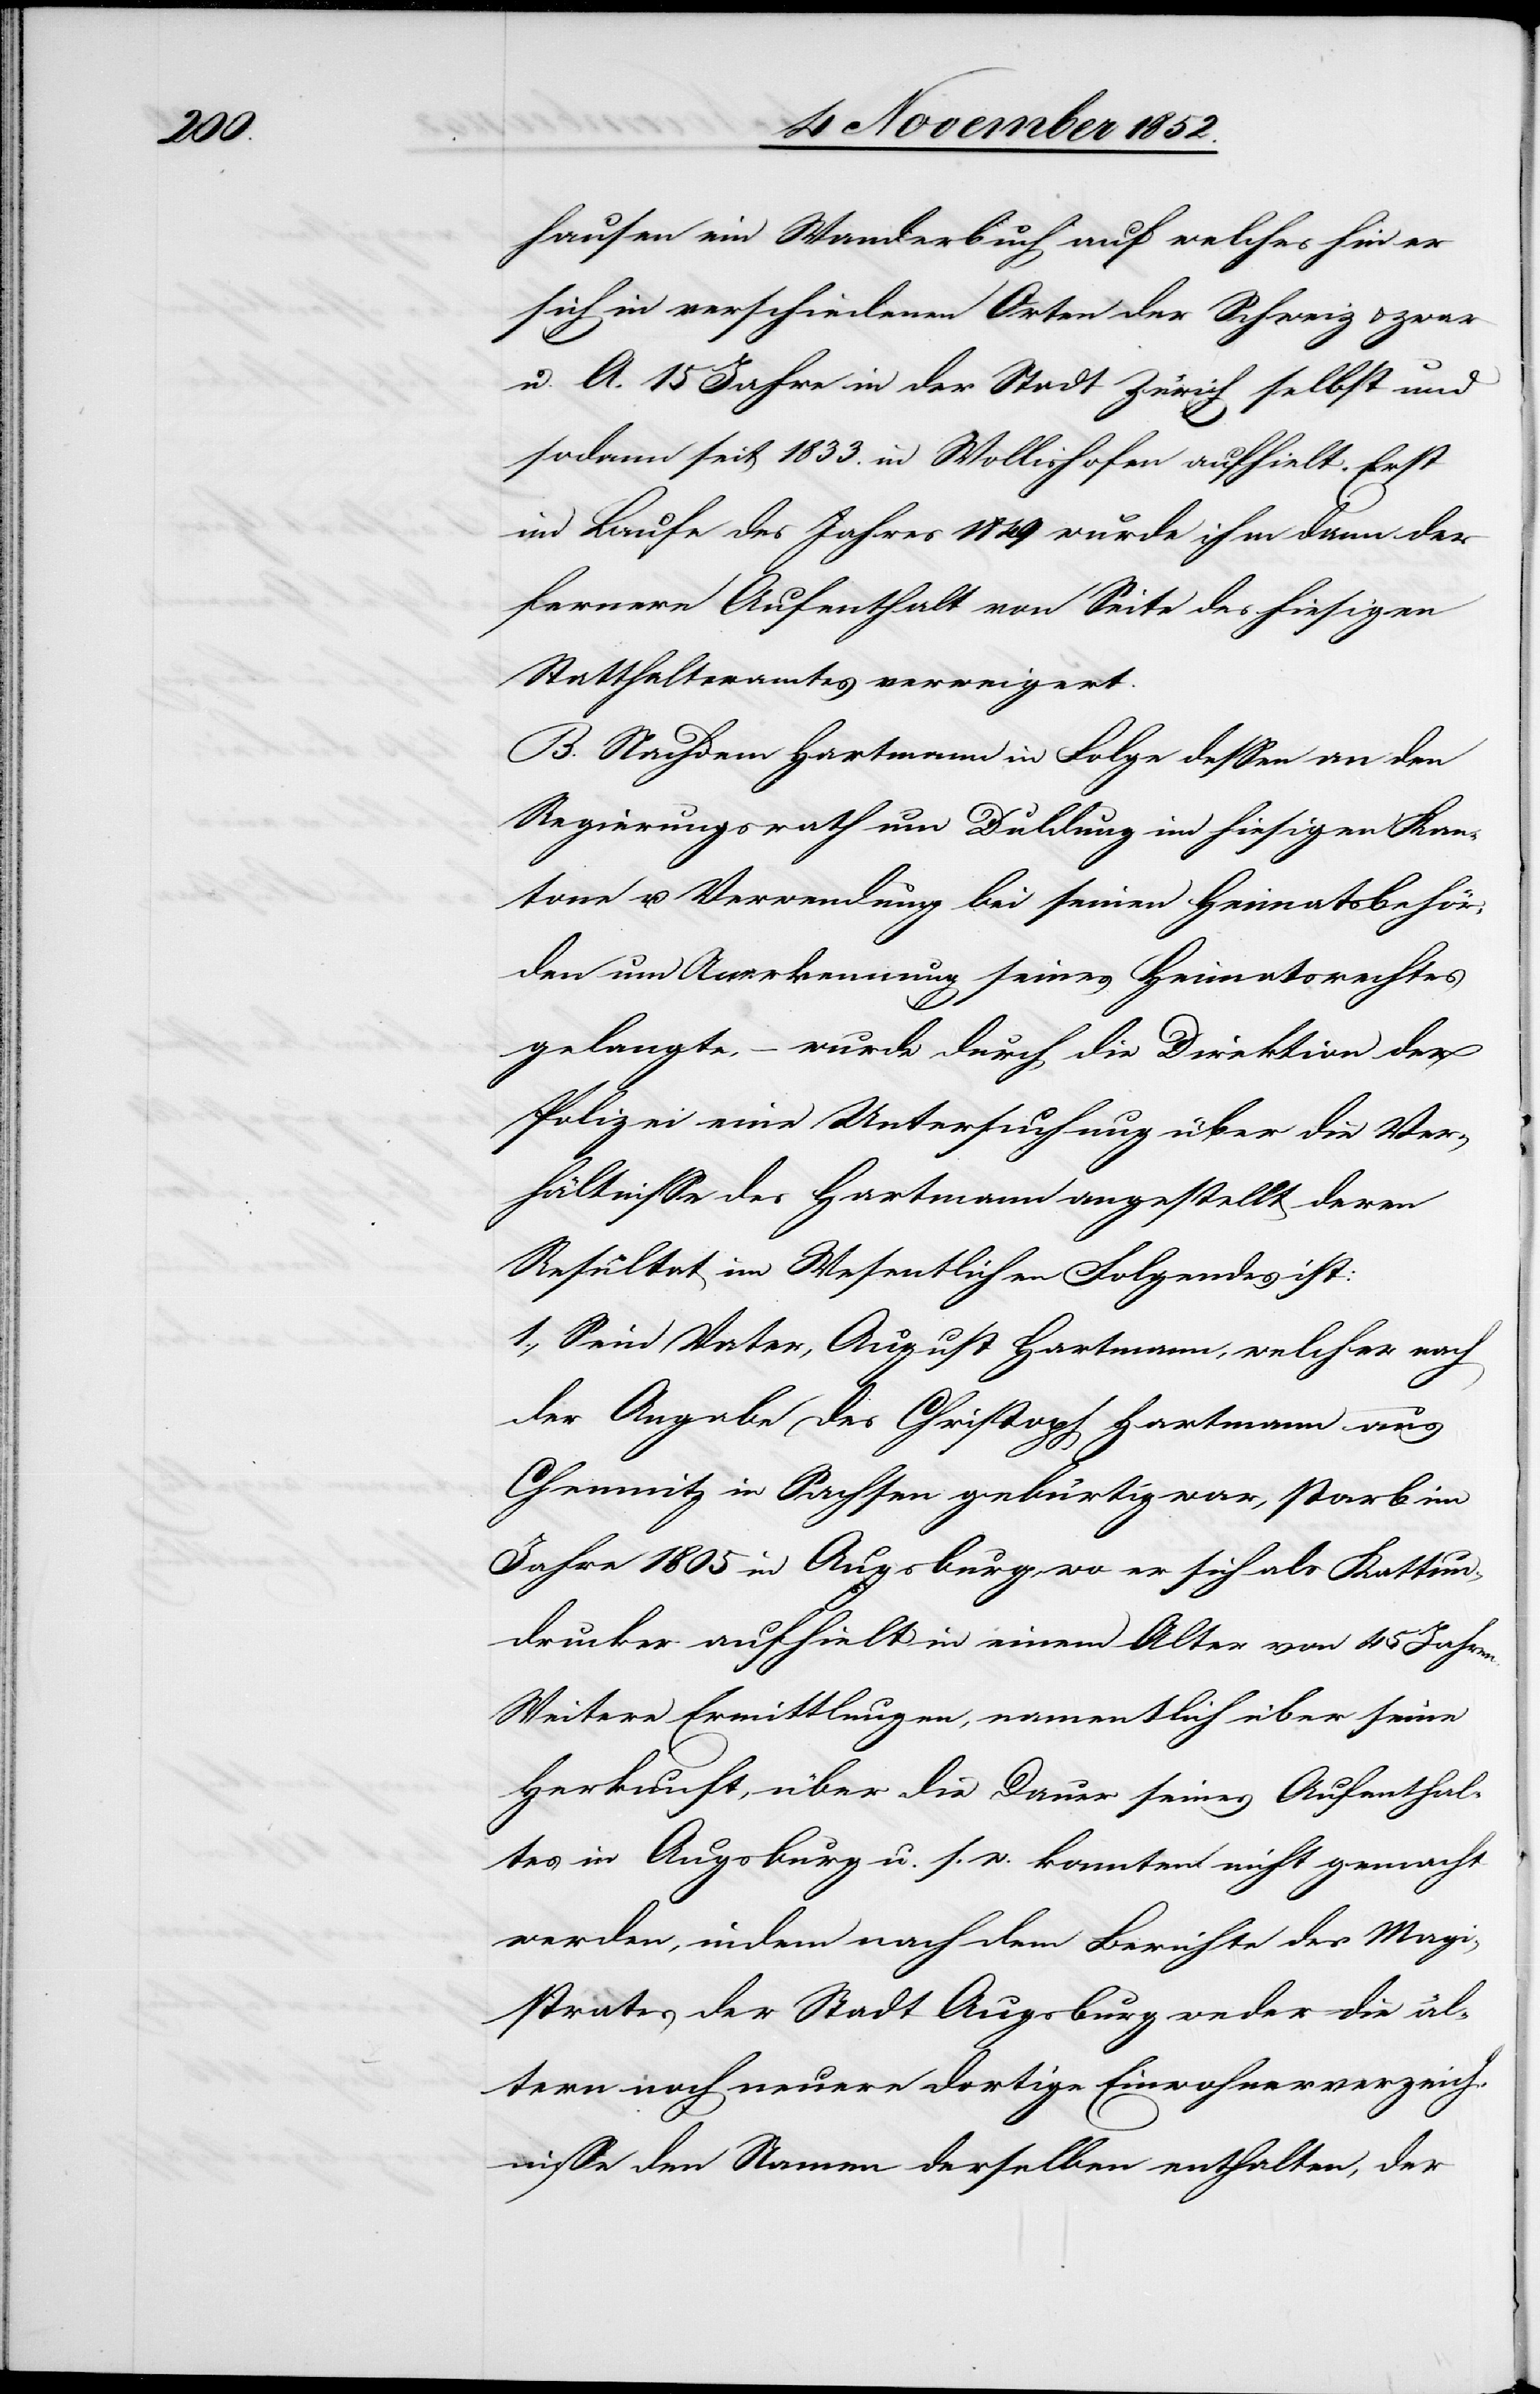
selben]

hausen ein Wanderbuch auf welches hin er
sich in verschiedenen Orten der Schweiz & zwar
u. A. 15 Jahre in der Stadt Zürich selbst und
sodann seit 1833. in Wollishofen aufhielt. Erst
im Laufe des Jahres 1849 wurde ihm dann der
fernere Aufenthalt von Seite des hiesigen
Statthalteramtes verweigert.
B. Nachdem Hartmann in Folge dessen an den
Regierungsrath um Duldung im hiesigen Kan¬
tone u. Verwendung bei seinen Heimatsbehör¬
den um Anerkennung seines Heimatsrechtes
der
gelangte, – wurde durch die Direktion der
Polizei eine Untersuchung über die Ver¬
hältnisse des Hartmann angestellt deren
Resultat im Wesentlichen Folgendes ist:
1., Sein Vater, August Hartmann, welcher nach
der Angabe des Christoph Hartmann aus
Chemnitz in Sachsen gebürtig war, starb im
Jahre 1805 in Augsburg, wo er sich als Kattun¬
drucker aufhielt in einem Alter von 45 Jahren.
Weitere Ermittlungen, namentlich über seine
Herkunft, über die Dauer seines Aufenthal¬
tes in Augsburg u. s. w. konnten nicht gemacht
werden, indem nach dem Berichte des Magi¬
strates der Stadt Augsburg weder die äl¬
tern noch neuere dortige Einwohnerverzeich¬
nisse den Namen derselben [recte: des¬